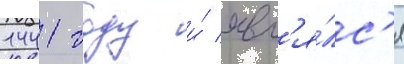
1441 году и́ явл'я́лс'я